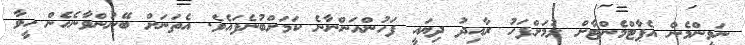
ނަވީންމެން އެޕާޓްމެންޓާށް ލުމަށްފަހު ރާއިދު ދިޔައީ ފަހުންއަންނާނެ ކަމަށްބުނެފައެވެ. އެތަނަށް ބޭނުންވާނެހެން ހީވާ